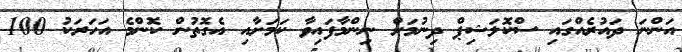
އަންނަ ދައުރެއްގައި ސްކޮލަޝިޕް ދިނުމަށް ނިންމާފައިވާ ކަމަށާއި އެގޮތުން ކޮންމެ އަހަރަކު 100